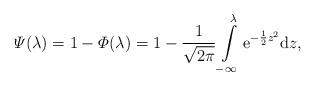
LaTeX: \begin{align*}\varPsi(\lambda) = 1- \varPhi(\lambda)=1-\frac{1}{\sqrt{2 \pi}}\int\limits_{-\infty}^{\lambda} \mathrm{e}^{-\frac{1}{2}z^2}\mathrm{d}z,\end{align*}